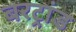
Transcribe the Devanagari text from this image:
बरट्रांड